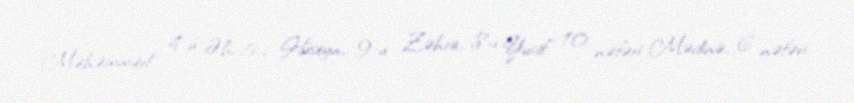
Məhəmməd, 4-ü Əli, 5-i Hüseyn, 9-u Zəhra, 8-i Yusif, 10 nəfəri Mədinə, 6 nəfəri